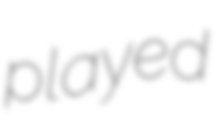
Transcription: played